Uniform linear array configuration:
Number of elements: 24
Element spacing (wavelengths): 0.5
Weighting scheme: hamming
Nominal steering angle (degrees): -45
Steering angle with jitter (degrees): -46.092
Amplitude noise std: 0.05
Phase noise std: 0.05

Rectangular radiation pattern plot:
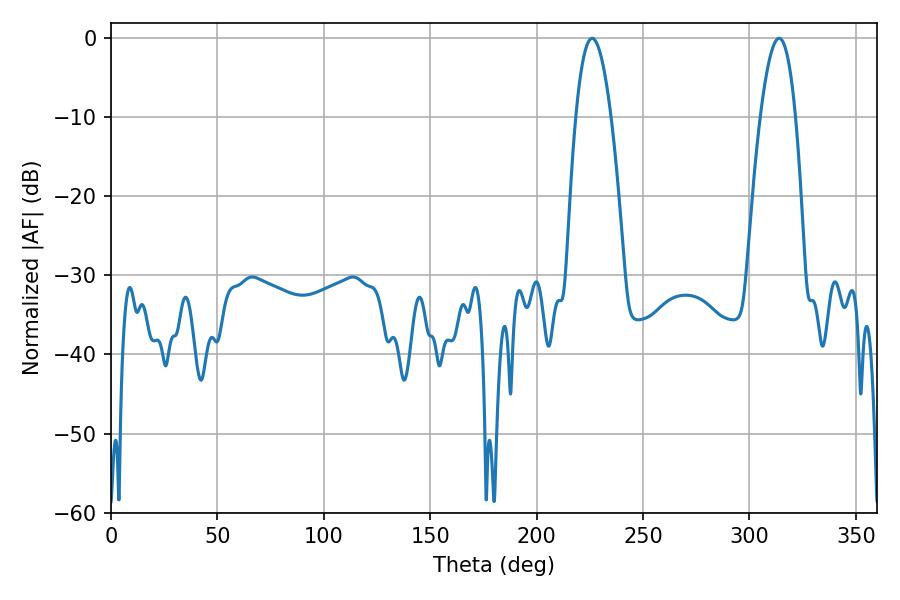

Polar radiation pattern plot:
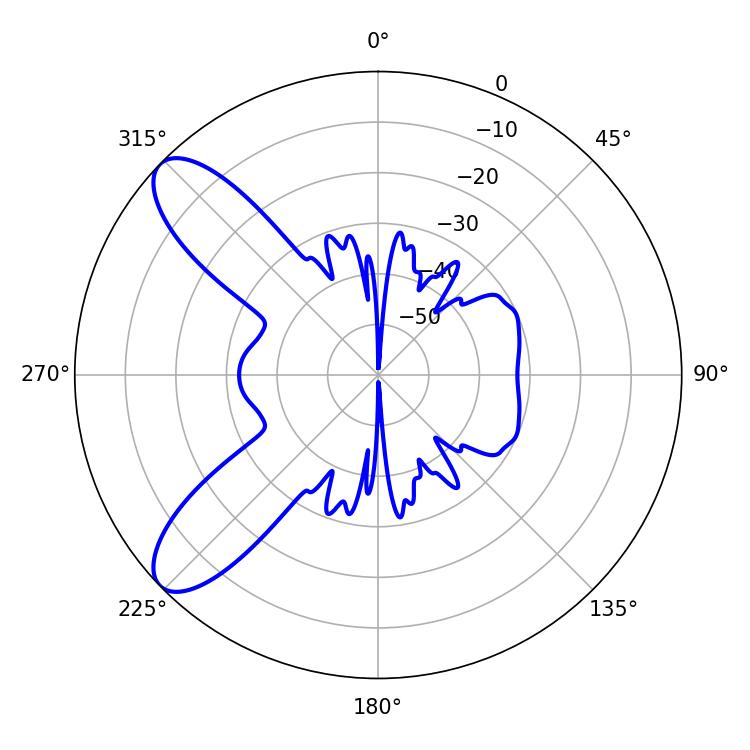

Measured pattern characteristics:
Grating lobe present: FALSE
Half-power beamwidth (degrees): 9
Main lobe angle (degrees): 226.08